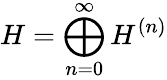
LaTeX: H=\bigoplus_{n=0}^{\infty}H^{(n)}